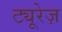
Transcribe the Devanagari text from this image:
ट्यूरेज़